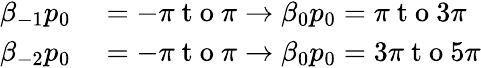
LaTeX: \begin{array}{rl}{\beta_{-1}p_{0}}&{{}=-\pi\mathrm{~t~o~}\pi\rightarrow\beta_{0}p_{0}=\pi\mathrm{~t~o~}3\pi}\\ {\beta_{-2}p_{0}}&{{}=-\pi\mathrm{~t~o~}\pi\rightarrow\beta_{0}p_{0}=3\pi\mathrm{~t~o~}5\pi}\end{array}